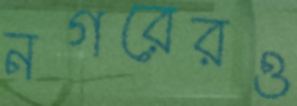
নগরেরও